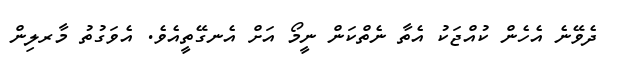
ދެވޭނެ އެހެން ކުއްޖަކު އެތާ ނެތްކަން ނީމޯ އަށް އެނގޭތީއެވެ. އެވަގުތު މާރލިން